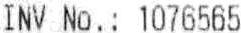
INV NO.: 1076565